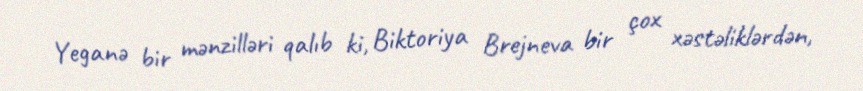
Yeganə bir mənzilləri qalıb ki, Biktoriya Brejneva bir çox xəstəliklərdən,